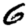
Digit: 6